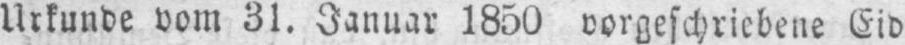
Urkunde vom 31. Januar 1850 vorgeschriebene Eid